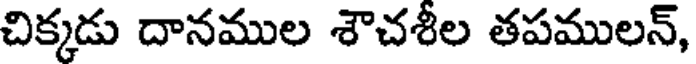
చిక్కడు దానముల శౌచశీల తపములన్,